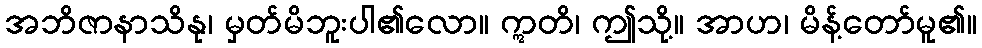
အဘိဇာနာသိနု၊ မှတ်မိဘူးပါ၏လော။ ဣတိ၊ ဤသို့။ အာဟ၊ မိန့်တော်မူ၏။